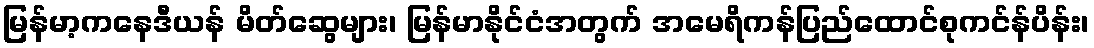
မြန်မာ့ကနေဒီယန် မိတ်ဆွေများ၊ မြန်မာနိုင်ငံအတွက် အမေရိကန်ပြည်ထောင်စုကင်န်ပိန်း၊